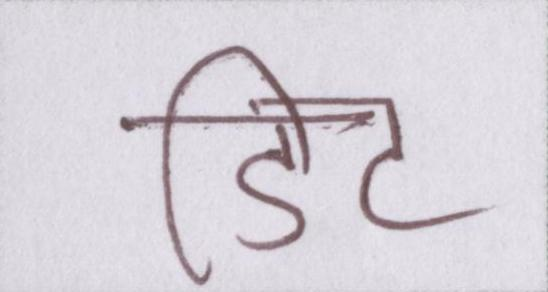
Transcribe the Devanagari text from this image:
डिट